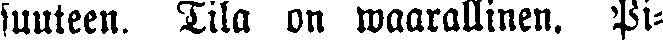
suuteen. Tila on waarallinen. Pi-